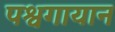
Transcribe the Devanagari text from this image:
पश्वगायान